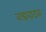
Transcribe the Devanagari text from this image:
वाद्यवादक